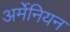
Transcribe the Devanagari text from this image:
अर्मेनियन